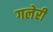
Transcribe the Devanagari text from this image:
गलेरी